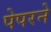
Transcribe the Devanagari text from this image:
पेपरने